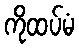
ကိုထပ်မံ